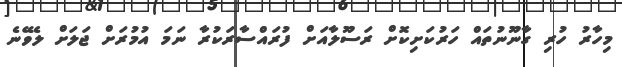
މިހާރު ހުރި ގާނޫނުތައް ހަރުކަށިކޮށް ރަސޫލާއަށް ފުރައްސާރަކުރާ ނަމަ އުމުރަށް ޖަލަށް ލެވޭނެ